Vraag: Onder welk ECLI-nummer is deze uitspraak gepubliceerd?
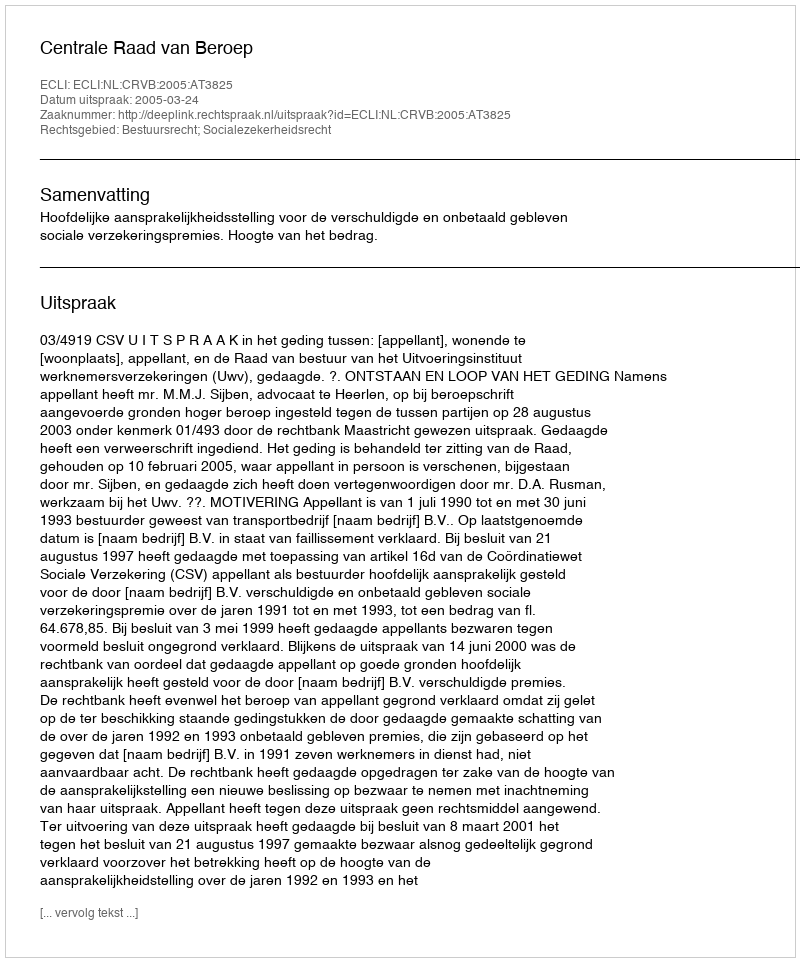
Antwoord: ECLI:NL:CRVB:2005:AT3825